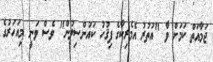
ޖަމާއަތް ކަމަށް ވާ "އުތުރު އެމެރިކާގެ ފިޤުހު ކައުންސިލުން" ވެސް ވަނީ މިއަހަރުގެ